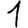
Digit: 1